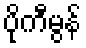
ပိုကီမွန်